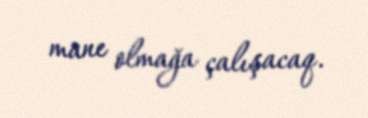
mane olmağa çalışacaq.